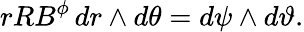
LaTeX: rRB^{\phi}\, dr\wedge d\theta=d\psi\wedge d\vartheta.